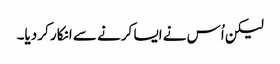
لیکن اُس نے ایسا کرنے سے انکار کر دیا۔